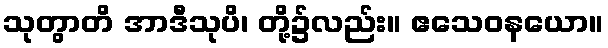
သုတွာတိ အာဒီသုပိ၊ တို့၌လည်း။ ဧသေဝနယော။